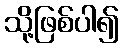
သို့ဖြစ်ပါ၍